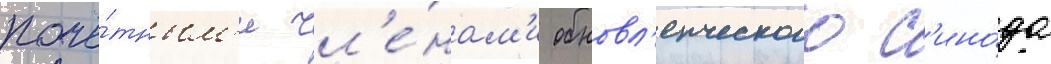
почё́тным'и чл'е́нам'и обновл'енческого с'ино́да